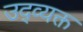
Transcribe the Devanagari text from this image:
उद्व्यक्त